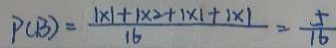
P ( B ) = \frac { 1 \times 1 + 1 \times 2 + 1 \times 1 + 1 \times 1 } { 1 6 } = \frac { 5 } { 1 6 }